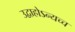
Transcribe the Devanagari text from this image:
उद्वाहोऽन्यच्च